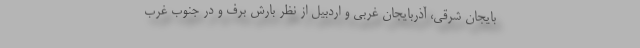
بایجان شرقی، آذربایجان غربی و اردبیل از نظر بارش برف و در جنوب غرب